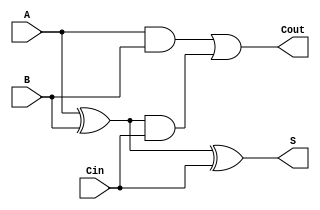
module CarryLookaheadFullAdder (
    input wire A,      // First input bit
    input wire B,      // Second input bit
    input wire Cin,    // Carry-in bit
    output wire S,     // Sum output
    output wire Cout    // Carry-out output
);

// Internal signals
wire P;  // Propagate signal
wire G;  // Generate signal
wire C1; // Intermediate carry output

// Generate and Propagate Logic
assign P = A ^ B;        // P = A XOR B
assign G = A & B;        // G = A AND B

// Carry-out Calculation
assign C1 = G | (P & Cin); // C1 = G + (P AND Cin)
assign Cout = C1;          // Cout is the carry-out

// Sum Calculation
assign S = P ^ Cin;        // S = P XOR Cin

endmodule